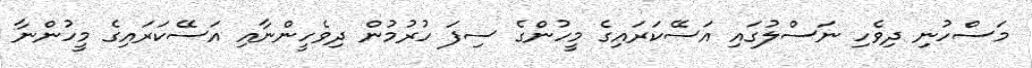
މަސްހުނި ދިވެހި ނަސްލުގައި އަސޭކަރައިގެ މީހުންގެ ސިފަ ހުރުމުން ދިވެހީންނާއި އަސޭކަރައިގެ މީހުންނާ